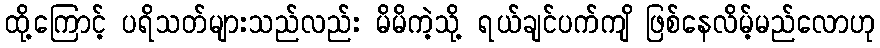
ထို့ကြောင့် ပရိသတ်များသည်လည်း မိမိကဲ့သို့ ရယ်ချင်ပက်ကျိ ဖြစ်နေလိမ့်မည်လောဟု